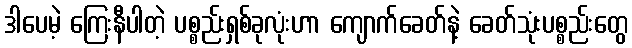
ဒါပေမဲ့ ကြေးနီပါတဲ့ ပစ္စည်းရှစ်ခုလုံးဟာ ကျောက်ခေတ်နဲ့ ခေတ်သုံးပစ္စည်းတွေ